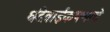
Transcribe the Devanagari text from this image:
धंदेवाईकपणाचे